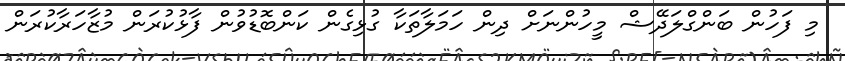
މި ފަހުން ބަންގްލަދޭޝް މީހުންނަށް ދިން ހަމަލާތަކާ ގުޅިގެން ކަންބޮޑުވުން ފާޅުކުރަން މުޒާހަރާކުރަން